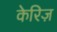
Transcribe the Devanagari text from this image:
केरिज़